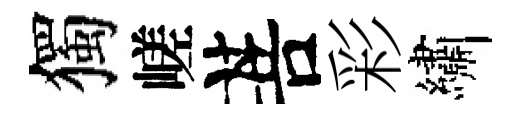
獨嵯菩彩繡